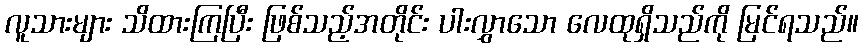
လူသားများ သိထားကြပြီး ဖြစ်သည့်အတိုင်း ပါးလွှာသော လေထုရှိသည်ကို မြင်ရသည်။